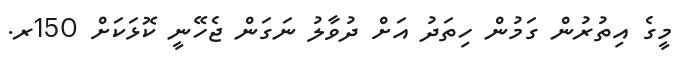
މީގެ އިތުރުން ގަމުން ހިތަދު އަށް ދުވާލު ނަގަން ޖެހޭނީ ކޮޅަކަށް 150ރ.